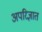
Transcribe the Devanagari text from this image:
अपरिज्ञात